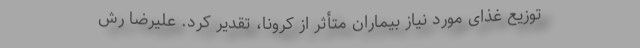
توزیع غذای مورد نیاز بیماران متأثر از کرونا، تقدیر کرد. علیرضا رش